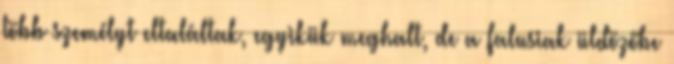
több személyt eltaláltak, egyikük meghalt, de a falusiak üldözőbe